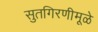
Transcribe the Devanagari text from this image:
सुतगिरणीमूळे